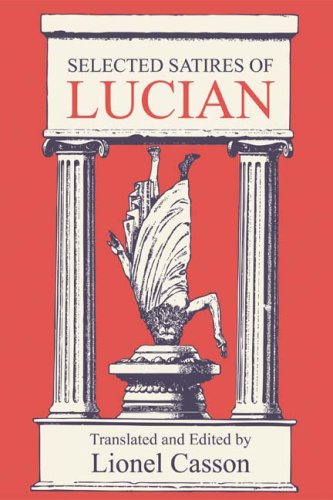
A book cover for Selected Satires of Lucian; Humor & Entertainment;